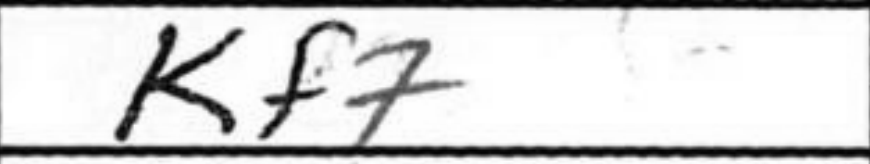
Transcription: Kf7